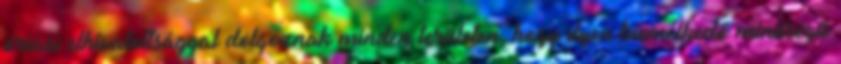
óriási elhivatottsággal dolgoznak minden területen, hogy ilyen kiemelkedő minőségű